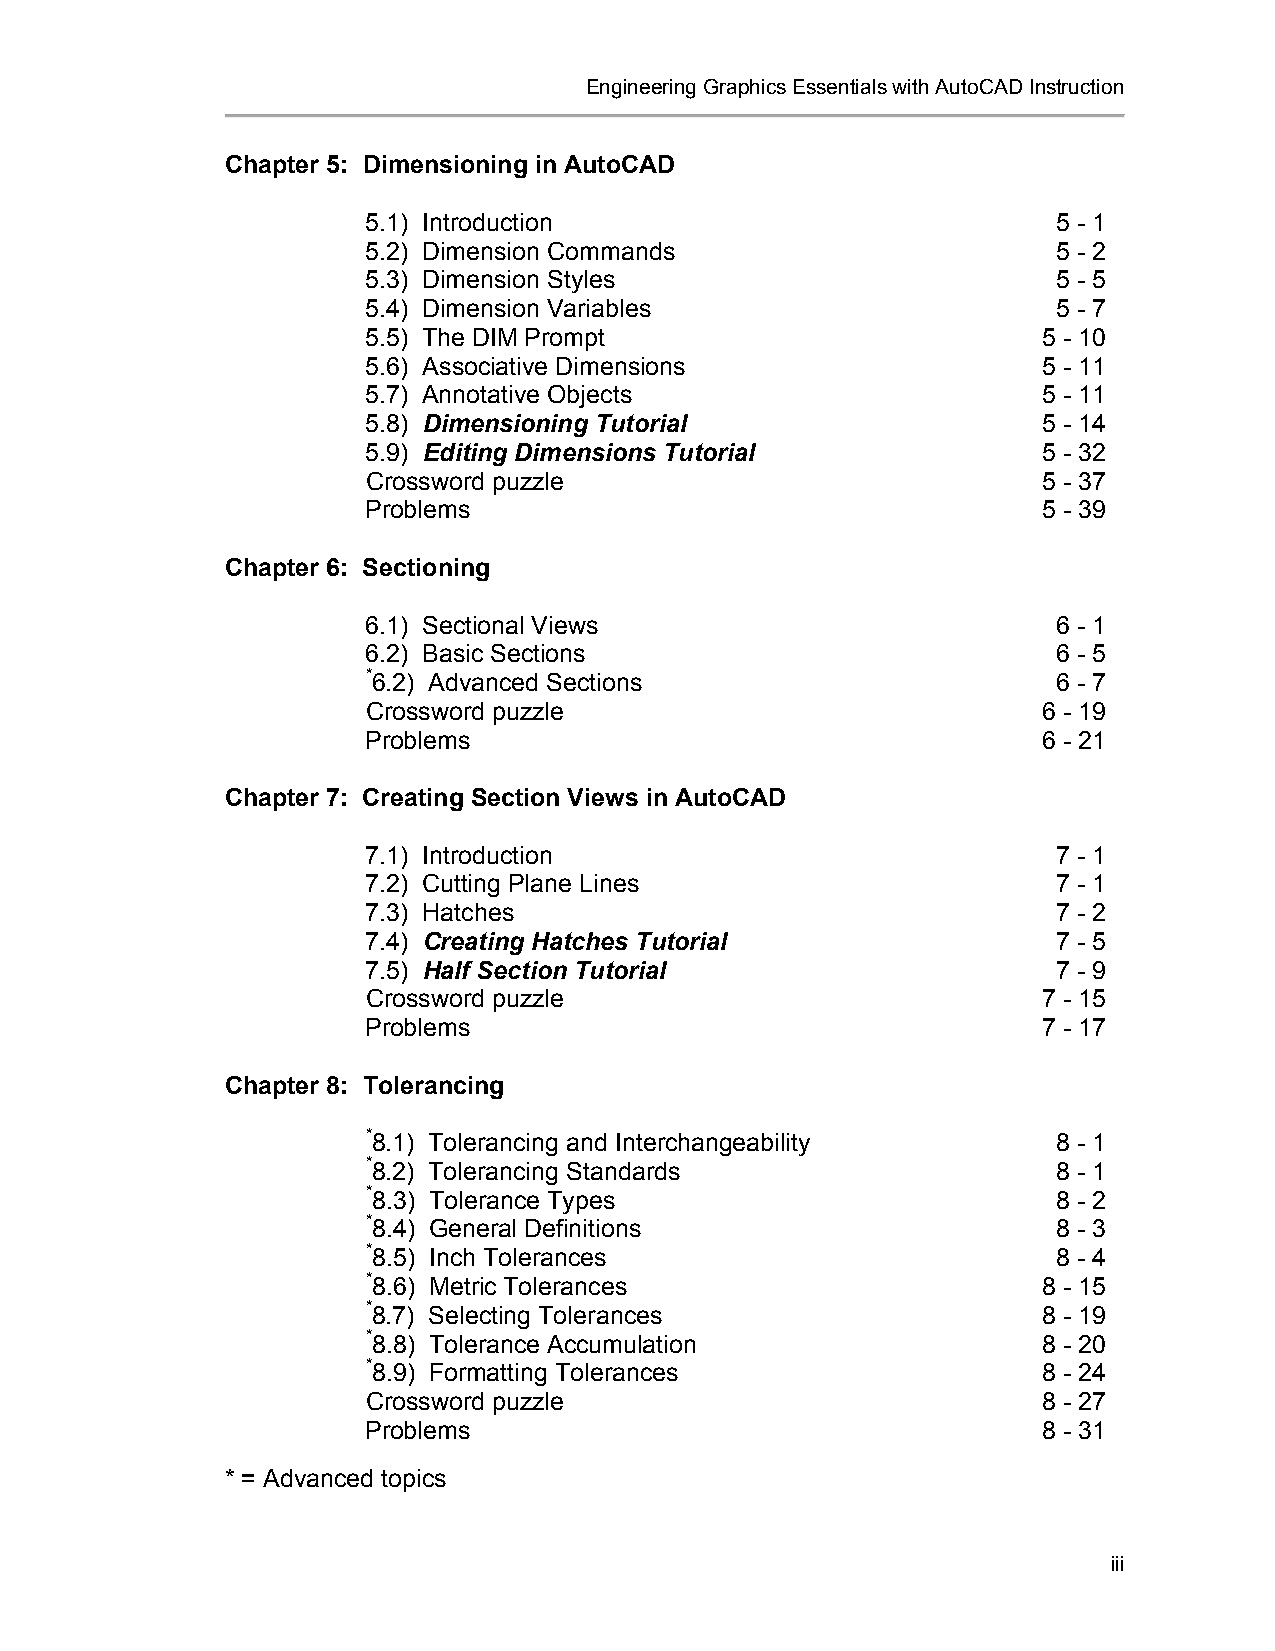
Engineering Graphics Essentials with AutoCAD Instruction
 Chapter 5: Dimensioning in AutoCAD
 5.1) Introduction                             5 - 1
 5.2) Dimension Commands                       5 - 2
 5.3) Dimension Styles                         5 - 5
 5.4) Dimension Variables                      5 - 7
 5.5) The DIM Prompt                          5 - 10
 5.6) Associative Dimensions                  5 - 11
 5.7) Annotative Objects                      5 - 11
 5.8) Dimensioning Tutorial                   5 - 14
 5.9) Editing Dimensions Tutorial             5 - 32
 Crossword puzzle                             5 - 37
 Problems                                     5 - 39
 Chapter 6: Sectioning
 6.1) Sectional Views                          6 - 1
 6.2) Basic Sections                           6 - 5
 *6.2) Advanced Sections                       6 - 7
 Crossword puzzle                             6 - 19
 Problems                                     6 - 21
 Chapter 7: Creating Section Views in AutoCAD
 7.1) Introduction                             7 - 1
 7.2) Cutting Plane Lines                      7 - 1
 7.3) Hatches                                  7 - 2
 7.4) Creating Hatches Tutorial                7 - 5
 7.5) Half Section Tutorial                    7 - 9
 Crossword puzzle                             7 - 15
 Problems                                     7 - 17
 Chapter 8: Tolerancing
 *8.1) Tolerancing and Interchangeability      8 - 1
 *8.2) Tolerancing Standards                   8 - 1
 *8.3) Tolerance Types                         8 - 2
 *8.4) General Definitions                     8 - 3
 *8.5) Inch Tolerances                         8 - 4
 *8.6) Metric Tolerances                      8 - 15
 *8.7) Selecting Tolerances                   8 - 19
 *8.8) Tolerance Accumulation                 8 - 20
 *8.9) Formatting Tolerances                  8 - 24
 Crossword puzzle                             8 - 27
 Problems                                     8 - 31
 * = Advanced topics
 iii